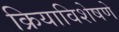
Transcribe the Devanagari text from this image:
क्रियाविशेषणे